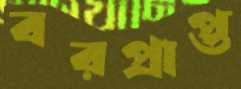
বরপ্রাপ্ত